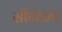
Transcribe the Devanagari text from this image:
संग्किप